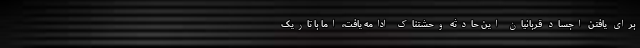
برای یافتن اجساد قربانیان این حادثه وحشتناک ادامه یافت، اما با تاریک